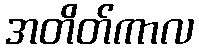
အတိတ်ကာလ